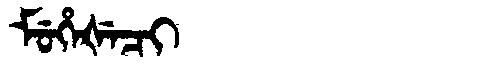
Manchu: ᠮᡠᡥᡝᡧᡝᠴᡳ
Romanization: MUHEŠECI